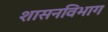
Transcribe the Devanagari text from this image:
शासनविभाग